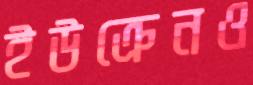
ইউক্রেনও